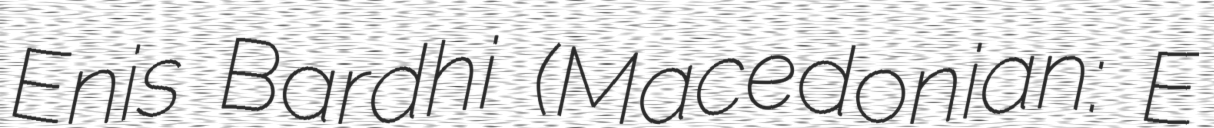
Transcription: Enis Bardhi (Macedonian: Eнис